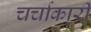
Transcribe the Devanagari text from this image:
चर्चाकारी